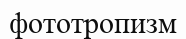
фототропизм